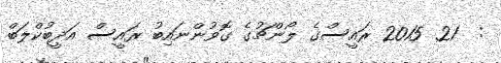
:  21